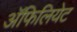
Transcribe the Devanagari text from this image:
अॅफिलियेट